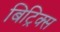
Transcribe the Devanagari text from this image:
बिट्रिक्स